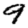
Digit: 9